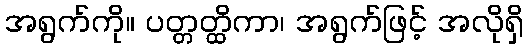
အရွက်ကို။ ပတ္တတ္ထိကာ၊ အရွက်ဖြင့် အလိုရှိ